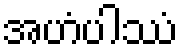
အဟံပါဿံ